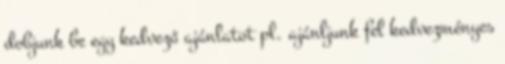
dobjunk be egy kedvező ajánlatot pl. ajánljunk fel kedvezményes